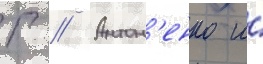
Г // Антон'енко и́